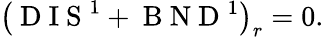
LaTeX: \left(\mathrm{~D~I~S~}^{1}+\mathrm{~B~N~D~}^{1}\right)_{r}=0.